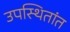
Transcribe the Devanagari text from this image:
उपस्थितांत